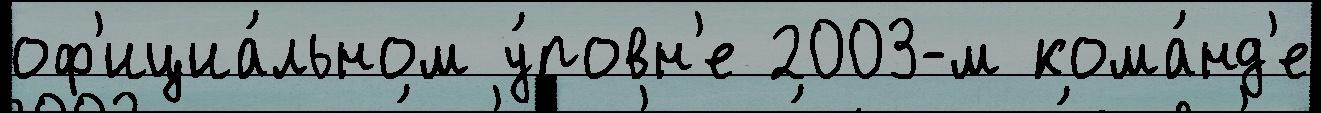
оф'ициа́льном у́ровн'е 2003-м кома́нд'е